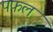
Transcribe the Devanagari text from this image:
पफल